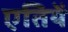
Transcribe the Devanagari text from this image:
एतियें